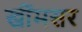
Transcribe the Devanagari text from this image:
खींमसर